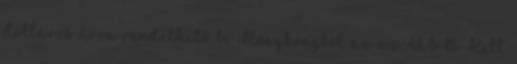
dolláros áron rendelhető be Hongkongból az az USB Kill